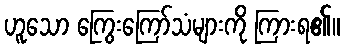
ဟူသော ကြွေးကြော်သံများကို ကြားရ၏။